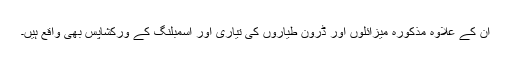
ان کے علاوہ مذکورہ میزائلوں اور ڈرون طیاروں کی تیاری اور اسمبلنگ کے ورکشاپس بھی واقع ہیں۔